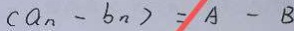
( a _ { n } - b _ { n } ) = A - B